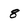
Character: 8